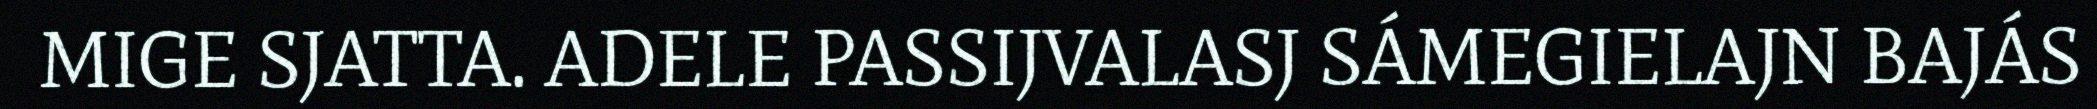
MIGE SJATTA. ADELE PASSIJVALASJ SÁMEGIELAJN BAJÁS